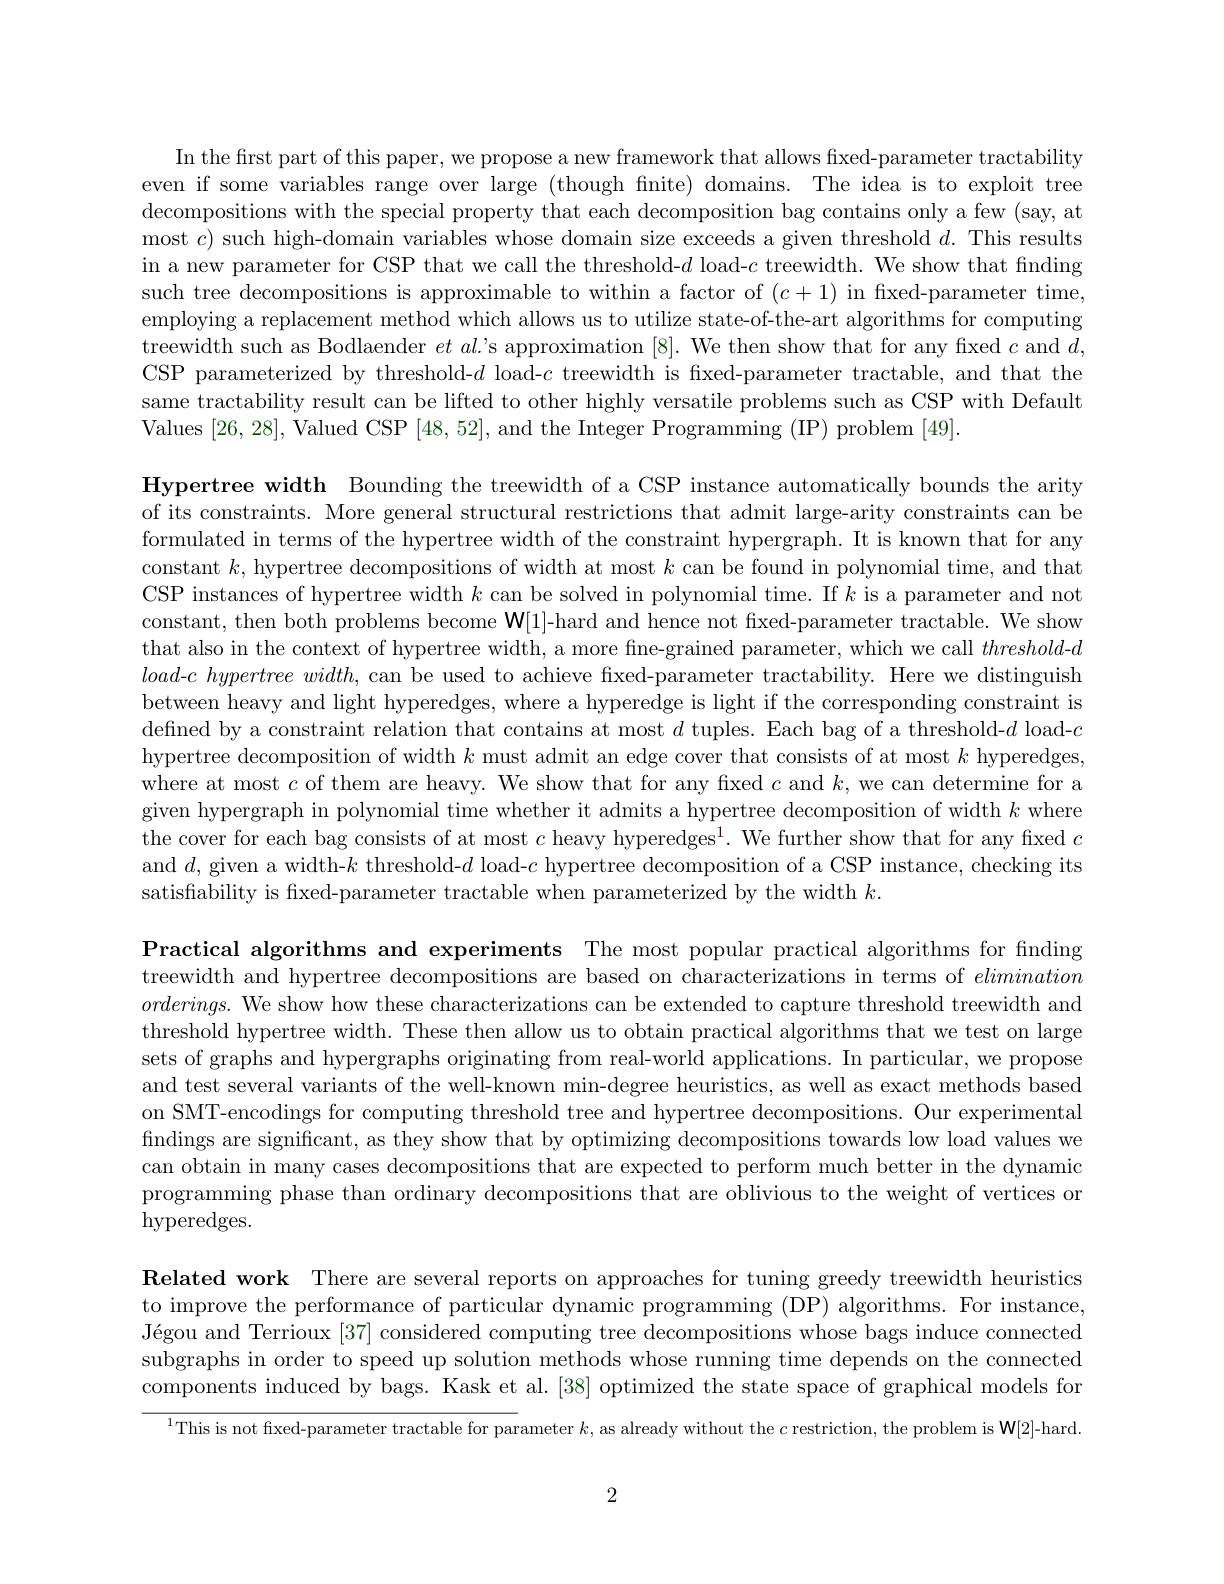
In the first part of this paper, we propose a new framework that allows fixed-parameter tractability even if some variables range over large (though finite) domains. The idea is to exploit tree decompositions with the special property that each decomposition bag contains only a few (say, at most $c)$ such high-domain variables whose domain size exceeds a given threshold $d.$ This results in a new parameter for CSP that we call the threshold-$d$ load-$c$ treewidth. We show that finding such tree decompositions is approximable to within a factor of $(c+1)$ in fixed-parameter time, employing a replacement method which allows us to utilize state-of-the-art algorithms for computing treewidth such as Bodlaender $et\textit{al' s approximation [ 8] . We then show that for any fixed }c$ and $d$, CSP parameterized by threshold-$d$ load-$c$ treewidth is fixed-parameter tractable, and that the same tractability result can be lifted to other highly versatile problems such as CSP with Default Values [26,28], Valued CSP [48,52], and the Integer Programming (IP) problem [49].

Hypertree width Bounding the treewidth of a CSP instance automatically bounds the arity of its constraints. More general structural restrictions that admit large-arity constraints can be formulated in terms of the hypertree width of the constraint hypergraph. It is known that for any constant $k$, hypertree decompositions of width at most $k$ can be found in polynomial time, and that CSP instances of hypertree width $k$ can be solved in polynomial time. If $k$ is a parameter and not constant, then both problems become $\mathbf{W}[1]$-hard and hence not fixed-parameter tractable. We show that also in the context of hypertree width, a more fine-grained parameter, which we call threshold-d load-$c\textit{ hypertree width, can be used to achieve fixed- parameter tractability. Here we distinguish}$ between heavy and light hyperedges, where a hyperedge is light if the corresponding constraint is defined by a constraint relation that contains at most $d$ tuples. Each bag of a threshold-$d$ load-$c$ hypertree decomposition of width $k$ must admit an edge cover that consists of at most $k$ hyperedges, where at most $c$ of them are heavy. We show that for any fixed $c$ and $k$, we can determine for a given hypergraph in polynomial time whether it admits a hypertree decomposition of width $k$ where the cover for each bag consists of at most $c\text{ heavy hyperedges}^1.$ We further show that for any fixed $c$ and $d$, given a width-$k$ threshold-$d$ load-$c$ hypertree decomposition of a CSP instance, checking its satisfability is fixed-parameter tractable when parameterized by the width $k.$

Practical algorithms and experiments The most popular practical algorithms for finding treewidth and hypertree decompositions are based on characterizations in terms of elimination $orderings.$ We show how these characterizations can be extended to capture threshold treewidth and threshold hypertree width. These then allow us to obtain practical algorithms that we test on large sets of graphs and hypergraphs originating from real-world applications. In particular, we propose and test several variants of the well-known min-degree heuristics, as well as exact methods based on SMT-encodings for computing threshold tree and hypertree decompositions. Our experimental findings are significant, as they show that by optimizing decompositions towards low load values we can obtain in many cases decompositions that are expected to perform much better in the dynamic programming phase than ordinary decompositions that are oblivious to the weight of vertices or $\operatorname{hyperedges.}$

Related work There are several reports on approaches for tuning greedy treewidth heuristics to improve the performance of particular dynamic programming (DP) algorithms. For instance, Jégou and Terrioux [37] considered computing tree decompositions whose bags induce connected subgraphs in order to speed up solution methods whose running time depends on the connected components induced by bags. Kask et al. [38] optimized the state space of graphical models for

$^{1}$This is not fxed-parameter tractable for parameter $k$, as already without the $c$ restriction, the problem is W[2]-hard.

2